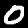
Label: 0